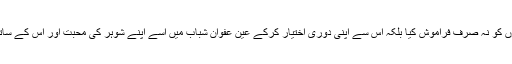
انھوں نے اپنے وعدوں کو نہ صرف فراموش کیا بلکہ اس سے اپنی دوری اختیار کرکے عین عفوان شباب میں اسے اپنے شوہر کی محبت اور اس کے ساتھ سے محروم رکھا ۔